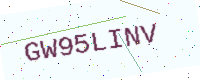
Text: GW95LINV